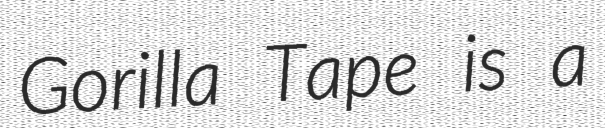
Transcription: Gorilla Tape is a